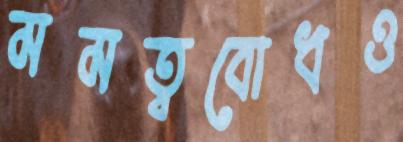
মমত্ববোধও